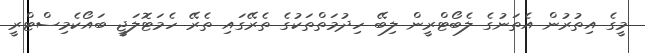
މީގެ އިތުރުން އެތަނުގެ ލެބޯޓްރީން ލިބޭ ހިދުމަތްތަކުގެ ތެރޭގައި ތެރޭ ހެމަޓޮލަޖީ ބައޯކެމިސްޓްރީ